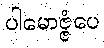
ပါမောဇ္ဇံပေ